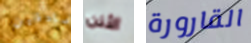
صادقين الأذن القارورة